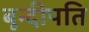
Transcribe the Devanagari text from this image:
बून्दीपति